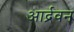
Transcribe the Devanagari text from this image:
आर्द्रवन